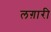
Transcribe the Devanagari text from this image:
लग़ारी